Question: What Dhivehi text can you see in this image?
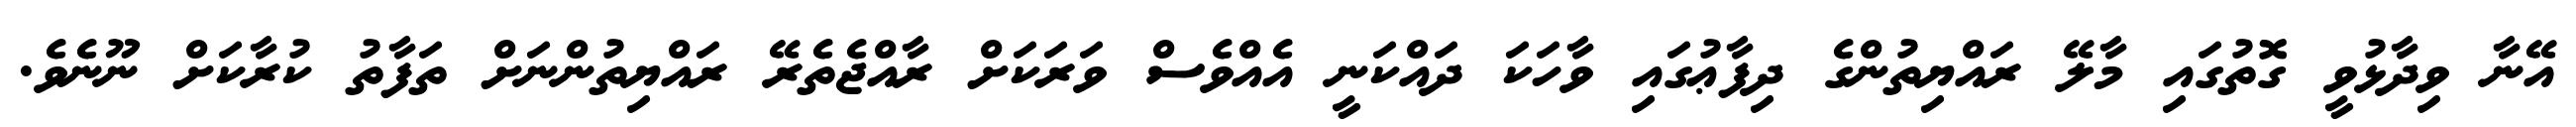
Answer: އޭނާ ވިދާޅުވީ ގޮތުގައި މާލޭ ރައްޔިތުންގެ ދިފާޢުގައި ވާހަކަ ދައްކަނީ އެއްވެސް ވަރަކަށް ރާއްޖެތެރޭ ރައްޔިތުންނަށް ތަފާތު ކުރާކަށް ނޫނެވެ.